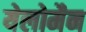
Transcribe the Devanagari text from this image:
येलोमैन